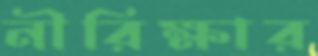
নীরিক্ষার